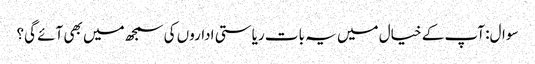
سوال: آپ کے خیال میں یہ بات ریاستی اداروں کی سمجھ میں بھی آئے گی؟